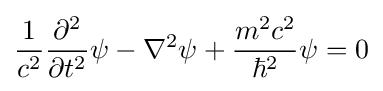
{\frac {1}{c^{2}}}{\frac {\partial ^{2}}{\partial t^{2}}}\psi -\mathbf {\nabla } ^{2}\psi +{\frac {m^{2}c^{2}}{\hbar ^{2}}}\psi =0